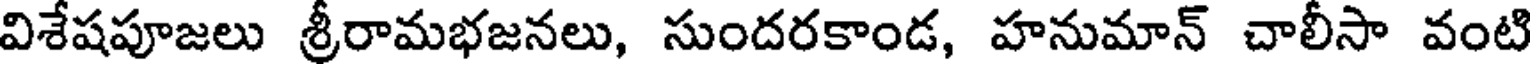
విశేషపూజలు శ్రీరామభజనలు, సుందరకాండ, హనుమాన్ చాలీసా వంటి